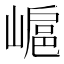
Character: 𡻮